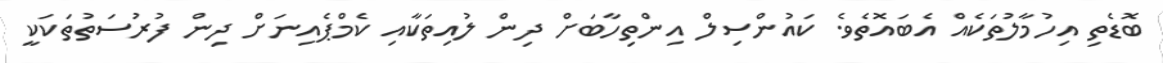
ބޮޑެތި އިހުމާލުތަކެއް އެބައޮތެވެ. ކައުންސިލް އިންތިހާބަށް ދިން ލުއިތަކާއި ކެމްޕެއިނަށް ދިން ފުރުސަތުތަކަކީ